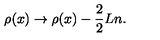
{ \rho ( x ) } \rightarrow { \rho ( x ) } - \frac { 2 } { 2 } { L } n .